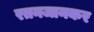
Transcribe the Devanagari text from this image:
रतनजानकर